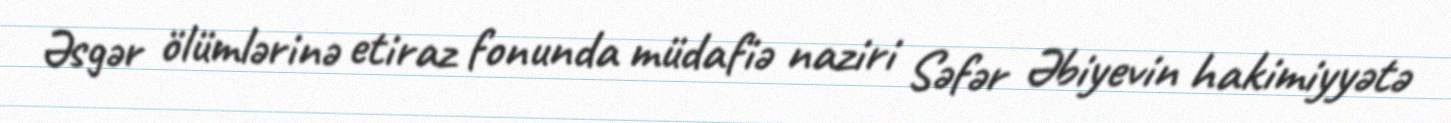
Əsgər ölümlərinə etiraz fonunda müdafiə naziri Səfər Əbiyevin hakimiyyətə